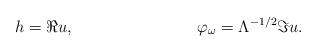
LaTeX: \begin{align*} h = \Re u, && \varphi_\omega = \Lambda^{-1/2} \Im u. \end{align*}